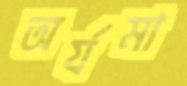
অর্যমা